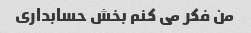
من فکر می کنم بخش حسابداری